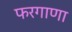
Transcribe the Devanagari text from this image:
फरगाणा